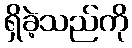
ရှိခဲ့သည်ကို